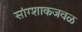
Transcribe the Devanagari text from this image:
सांग्शाकजवळ